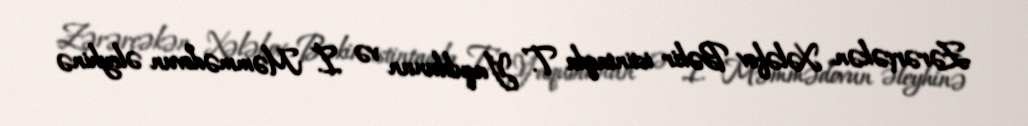
Zərərçəkən Xələfov Bəkir istintaqda T. Yaqublunun və İ. Məmmədovun əleyhinə